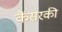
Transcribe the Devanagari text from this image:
कैंसरकी